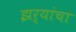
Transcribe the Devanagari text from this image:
झर्‍यांचा